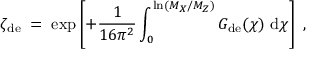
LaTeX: \zeta _ { \mathrm { d e } } \; = \; \exp \left[ + \frac { 1 } { 1 6 \pi ^ { 2 } } \int _ { 0 } ^ { \ln ( M _ { X } / M _ { Z } ) } G _ { \mathrm { d e } } ( \chi ) ~ \mathrm { d } \chi \right] \; ,